Annual report on the lock hospitals of the Madras Presidency
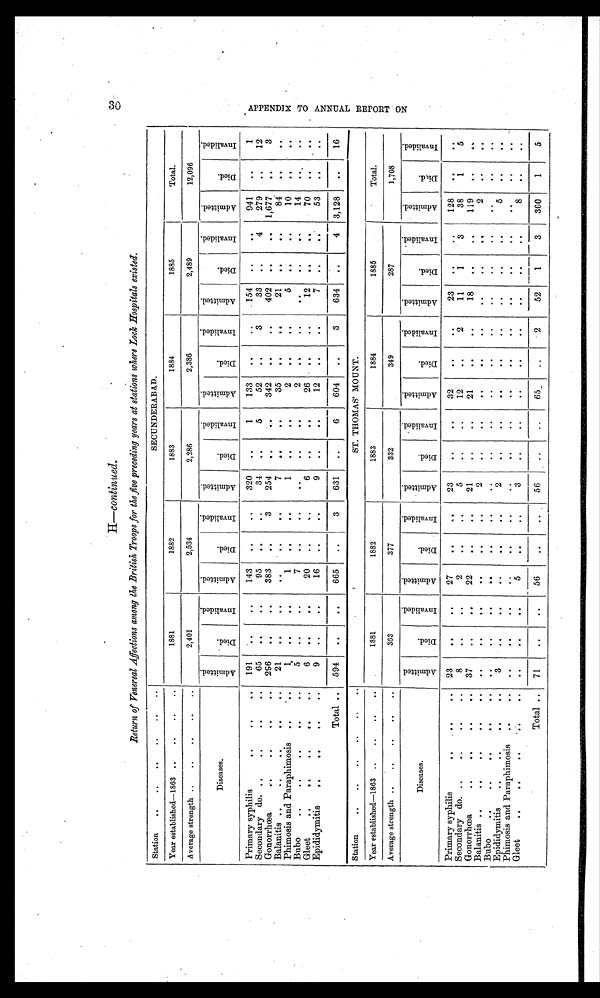
H —continued,
Return of Venereal Affections among the British Troops for the five preceding years at stations where Lock Hospitals existed.
Station
........
. .
. .
SECUNDERABAD.
Year established—1863 ....
. .
. .
1881
1882
1883
1884
1885
Total.
Average strength ......
. .
. .
2,401
2,534
2 286
2,386
2,489
12,096
Diseases.
A d m i t t e d
D i e d
I n v a l i d e d
A d m i t t e d
D i e d
I n v a l i d e d
A d m i t t e d
D i e d
I n v a l i d e d
A d m i t t e d
D i e d
I n v a l i d e d
A d m i t t e d
D i e d
I n v a l i d e d
A d m i t t e d
D i e d
I n v a l i d e d
Primary syphilis
..
. .
..
191
. .
. .
143
. .
. .
320
. .
1
133
. .
. .
154
. .
. . 941
. .
1
Secondary do.....
. .
..
65
. .
. . . .
95
. .
. . .
34
. .
5
52
. . . .
3
33
. .
4
279
. . . .
12
Gonorrhœa
....
. .
.. 296
. .
. .
383
. .
3
254
. .
. . 342
. .
. .
402
. .
. . 1,677
. .
3
Balanitis ..
. . . .
..
21
. . . .
. . . .
. .
. .
. . . .
7
. .
. .
35
. .
. .
21
. .
. .
8 4
. .
. .
Phimosis and Paraphimosis
. .
..
1
. .
. .
1
. .
. .
1
. .
. .
2
. .
. .
5
. .
. .
10
. .
. .
Bubo
..
. .
..
5
. .
. .
7
. .
. .
. .
. .
. .
2
. .
. .
. .
. .
. .
14
. .
. .
Meet
..
. .
..
6
. .
. .
20
. .
. .
6
. .
. .
26
. .
. .
12
. .
. .
70
. .
Epididymitis
....
. .
..
. .
. .
16
. .
. .
9
. .
. .
12
. .
. .
7
. .
. .
53
. .
. .
Total .. 594
. .
. .
665
. .
3
631
. .
6
604
. .
3
634
. .
4 3,128
. .
16
Station
..
. .
. .
ST. THOMAS' MOUNT.
Year established—1863 ..
. .
. .
1881
1882
1883
1884
1885
Total.
Average strength ..
. .
. .
363
377
332
349
287
1,708
Diseases.
A d m i t t e d
D i e d
I n v a l i d e d
A d m i t t e d
D i e d
I n v a l i d e d
A d m i t t e d
D i e d
I n v a l i d e d
A d m i t t e d
D i e d
I n v a l i d e d
A d m i t t e d
D i e d
I n v a l i d e d
A d m i t t e d
D i e d
I n v a l i d e d
Primary syphilis
..
. .
..
23
. .
. .
27
. .
..
23
. .
. .
32
. .
. .
2 3
. .
128
. .
Secondary do..
. .
..
8
. .
. .
2
. .
. .
5
. .
. . 12
. .
2
11
1
3
38
1
5
Gonorrhœa
..
. .
.. 37
. .
. .
2 2
. .
. .
21
. .
. . 21
. .
. .
18
. .
. . 119
. .
. .
Balanitis ..
. .
..
. .
. .
. .
. .
. .
..
2
. .
. .
. .
. .
. .
. .
. .
. .
2
. .
. .
Bubo
..
. .
..
. .
. .
. .
. .
. .
. .
. .
. .
. .
. .
. .
. .
. . ..
. .
. .
. .
. .
Epididymitis
....
. . .
..
3
. .
. .
. . . .
. .
. . . .
2
. .
. .
. .
. .
. .
. . ..
. .
5
. .
. . . .
Phimosis and Paraphimosis
. .
..
. .
. .
. .
. .
. .
. .
. .
. .
. .
. .
. .
. .
. .
. .
. .
. .
. .
. .
Gleet
..
. . ..
. .
. .
. .
5
. .
. .
3
. .
. .
..
. .
. .
. .
. .
. .
8
. .
. .
Total .. 7
. . . .
56
. .
. .
56
. .
. . 65
. .
2
52
1
3
300
1
5
A P P E N D I X T O A N N U A L R E P O R T O N